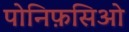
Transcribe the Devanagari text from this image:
पोनिफ़सिओ